65_HS1-834228961_62-HQ-83894_Serial_130
Agency: FBI
Page 19
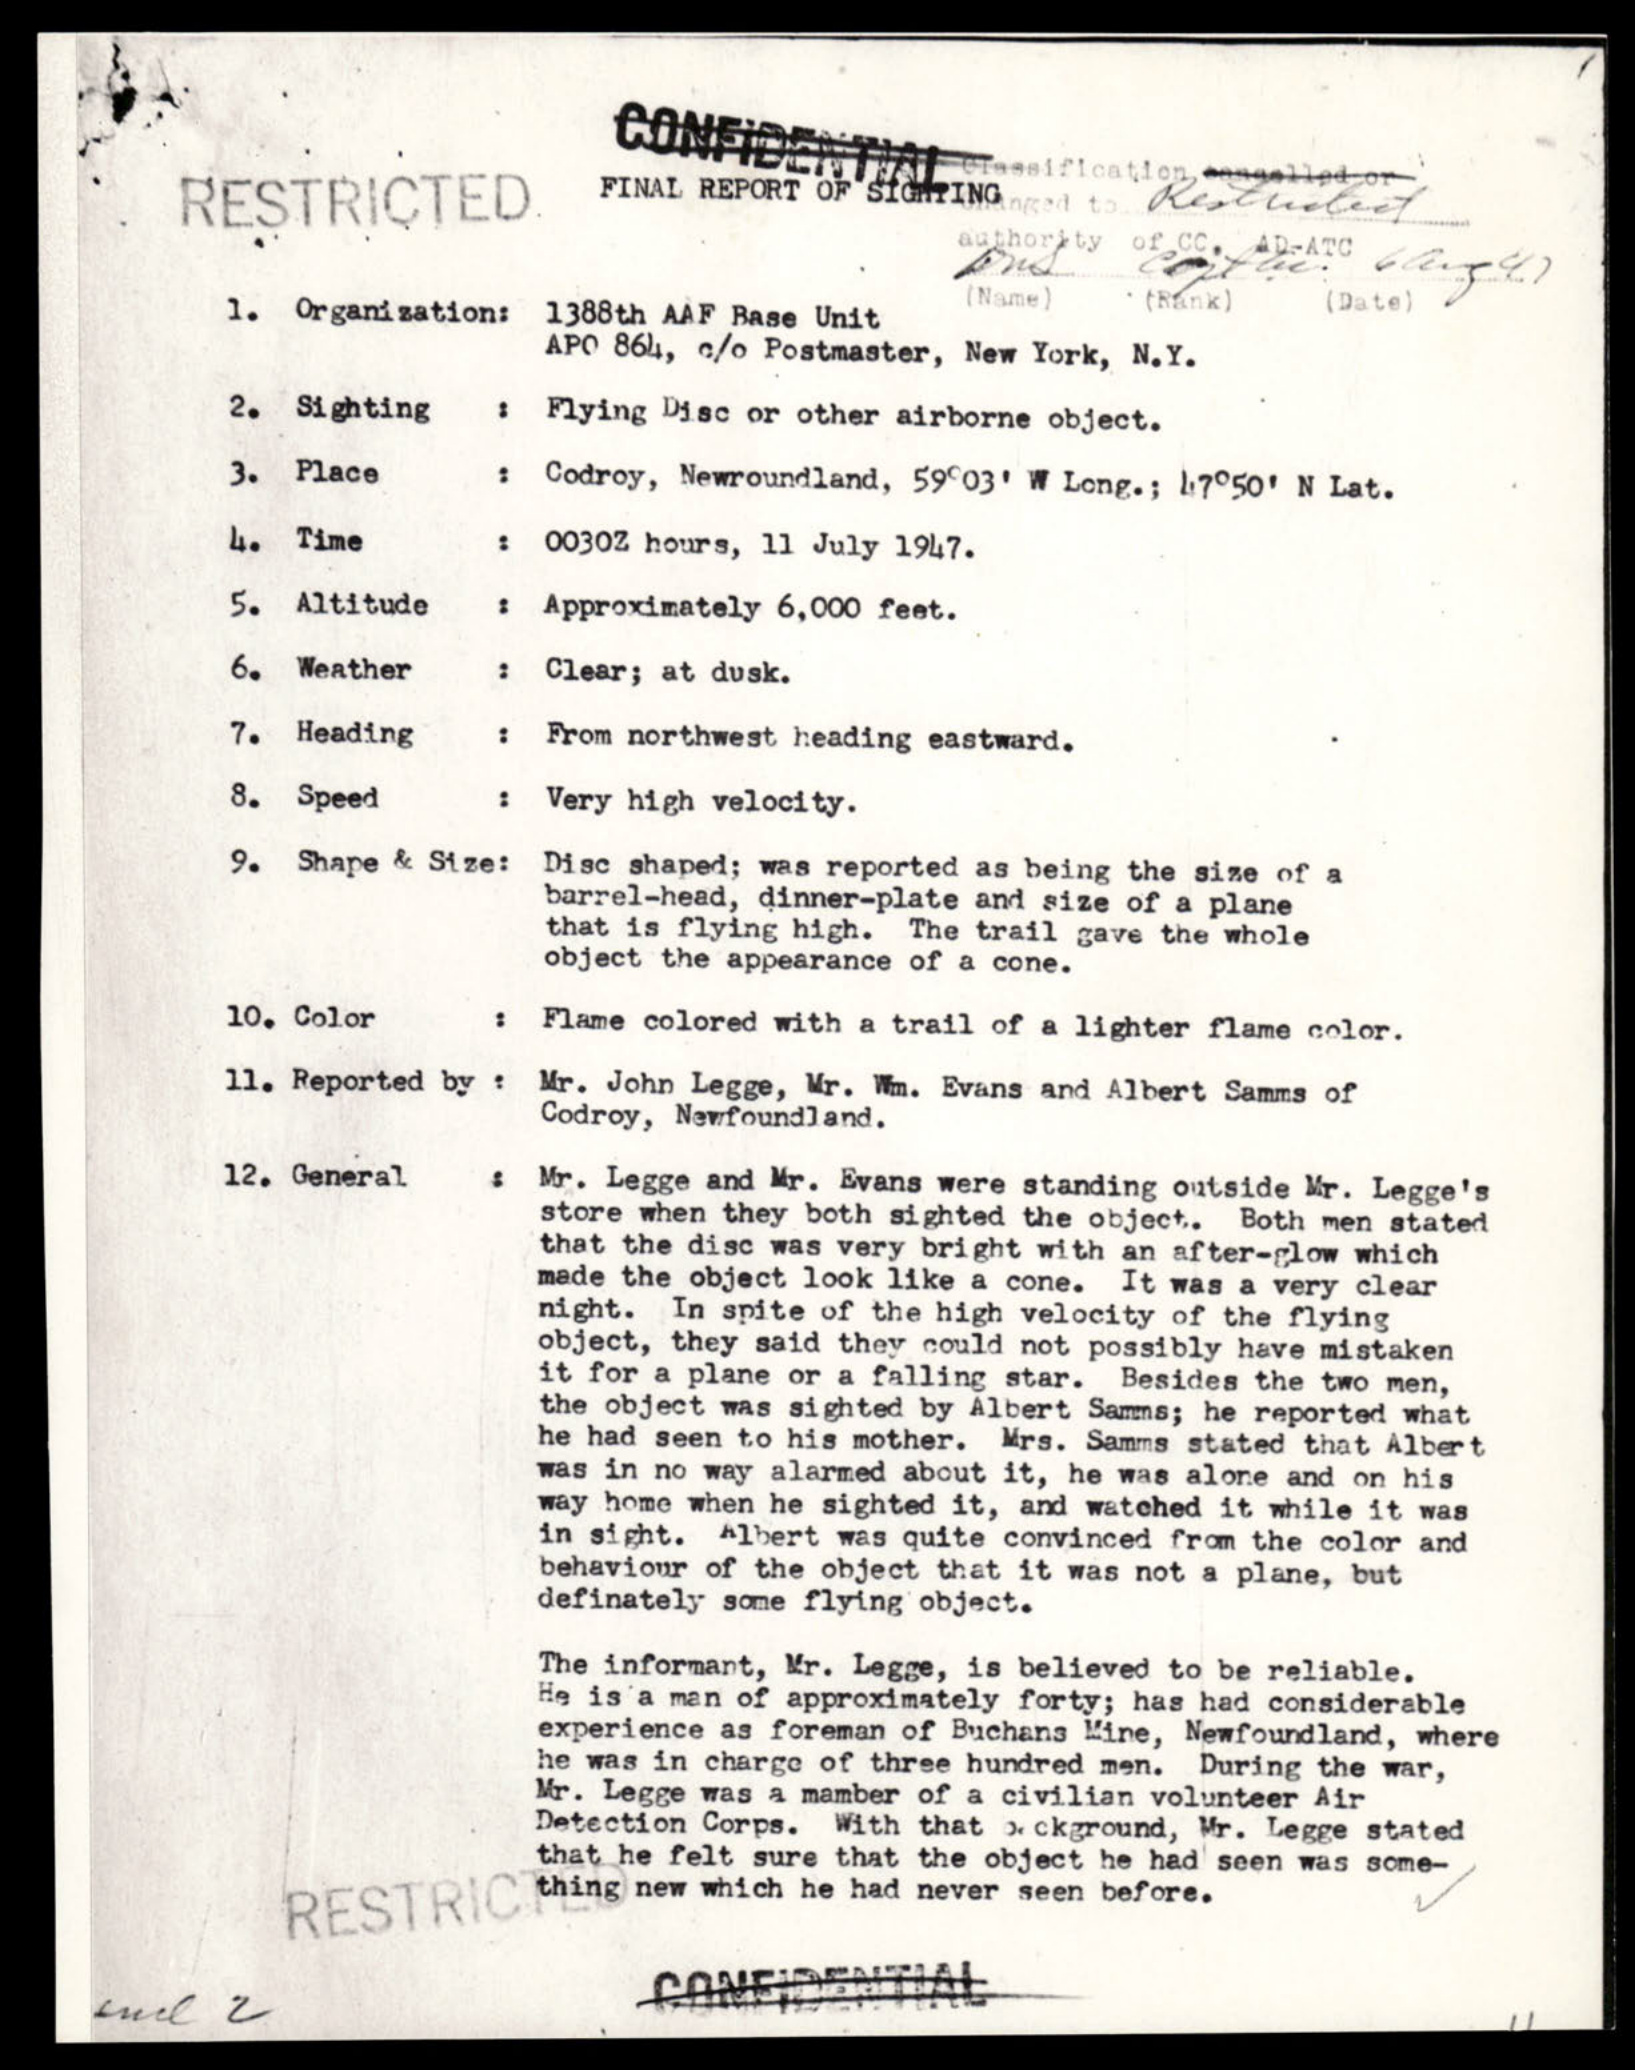